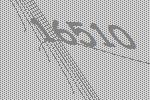
16510